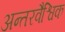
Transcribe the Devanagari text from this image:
अन्तरवैश्विक